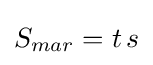
S_{mar}=t\,s